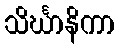
သိင်္ဃာနိကာ